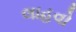
લાહવો